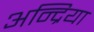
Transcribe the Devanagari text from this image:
अन्द्रिया